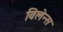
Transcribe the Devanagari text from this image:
विलेन्स